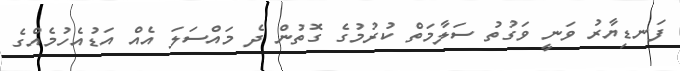
ފަނޑިޔާރު ވަނީ ވަގުތު ސަލާމަތް ކުރުމުގެ ގޮތުން ދެ މައްސަލަ އެއް އަޑުއެހުމެއްގެ